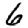
Digit: 6